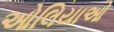
ઓલિયાઓ